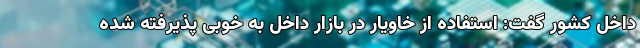
داخل کشور گفت: استفاده از خاویار در بازار داخل به خوبی پذیرفته شده